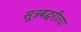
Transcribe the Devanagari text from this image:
सूत्रबद्धरीत्या